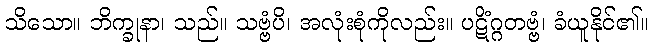
သိသော။ ဘိက္ခုနာ၊ သည်။ သဗ္ဗံပိ၊ အလုံးစုံကိုလည်း။ ပဋိံဂ္ဂတဗ္ဗံ၊ ခံယူနိုင်၏။